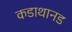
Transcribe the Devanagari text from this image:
कडाथानड